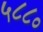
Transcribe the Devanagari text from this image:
५८८०